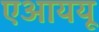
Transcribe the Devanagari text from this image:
एआययू